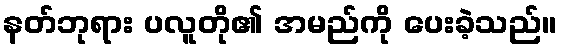
နတ်ဘုရား ပလူတို၏ အမည်ကို ပေးခဲ့သည်။